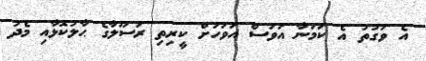
އެ ވަގުތު އެ ކަމަނާ އަވަސް އަވަހަށް ކީރިތި ރަސޫލާގެ ޙާލުކޮޅާއި މެދު